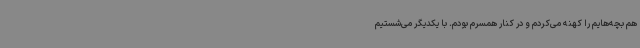
هم بچه‌هایم را کهنه می‌کردم و در کنار همسرم بودم. با یکدیگر می‌شستیم